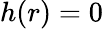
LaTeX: h(r)=0